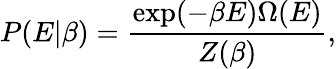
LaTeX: P(E|\beta)=\frac{\exp(-\beta E)\Omega(E)}{Z(\beta)},